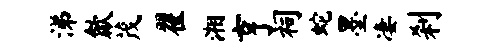
涕歙茂翟湘亨祠蛇墨凄刹